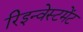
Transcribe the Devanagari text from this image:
रिइन्वेस्टमेंट